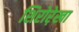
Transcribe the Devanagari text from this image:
शिरोरे़खा